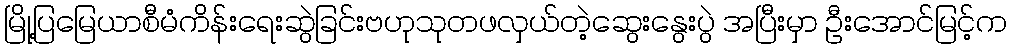
မြို့ပြမြေယာစီမံကိန်းရေးဆွဲခြင်းဗဟုသုတဖလှယ်တဲ့ဆွေးနွေးပွဲ အပြီးမှာ ဦးအောင်မြင့်က